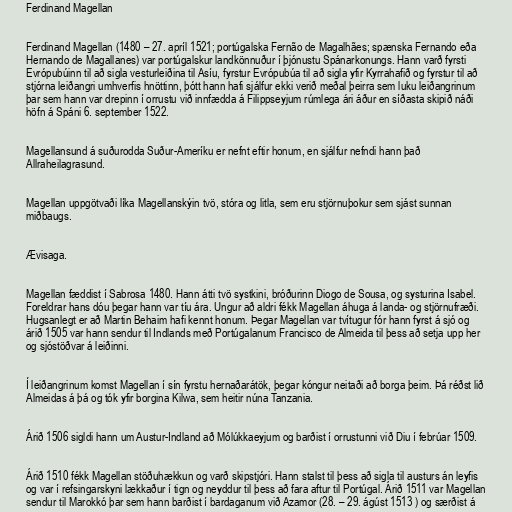
Ferdinand Magellan

Ferdinand Magellan (1480 – 27. apríl 1521; portúgalska Fernão de Magalhães; spænska Fernando eða
Hernando de Magallanes) var portúgalskur landkönnuður í þjónustu Spánarkonungs. Hann varð fyrsti
Evrópubúinn til að sigla vesturleiðina til Asíu, fyrstur Evrópubúa til að sigla yfir Kyrrahafið og fyrstur til að
stjórna leiðangri umhverfis hnöttinn, þótt hann hafi sjálfur ekki verið meðal þeirra sem luku leiðangrinum
þar sem hann var drepinn í orrustu við innfædda á Filippseyjum rúmlega ári áður en síðasta skipið náði
höfn á Spáni 6. september 1522.

Magellansund á suðurodda Suður-Ameríku er nefnt eftir honum, en sjálfur nefndi hann það
Allraheilagrasund.

Magellan uppgötvaði líka Magellanskýin tvö, stóra og litla, sem eru stjörnuþokur sem sjást sunnan
miðbaugs.

Ævisaga.

Magellan fæddist í Sabrosa 1480. Hann átti tvö systkini, bróðurinn Diogo de Sousa, og systurina Isabel.
Foreldrar hans dóu þegar hann var tíu ára. Ungur að aldri fékk Magellan áhuga á landa- og stjörnufræði.
Hugsanlegt er að Martin Behaim hafi kennt honum. Þegar Magellan var tvítugur fór hann fyrst á sjó og
árið 1505 var hann sendur til Indlands með Portúgalanum Francisco de Almeida til þess að setja upp her
og sjóstöðvar á leiðinni.

Í leiðangrinum komst Magellan í sín fyrstu hernaðarátök, þegar kóngur neitaði að borga þeim. Þá réðst lið
Almeidas á þá og tók yfir borgina Kilwa, sem heitir núna Tanzania.

Árið 1506 sigldi hann um Austur-Indland að Mólúkkaeyjum og barðist í orrustunni við Diu í febrúar 1509.

Árið 1510 fékk Magellan stöðuhækkun og varð skipstjóri. Hann stalst til þess að sigla til austurs án leyfis
og var í refsingarskyni lækkaður í tign og neyddur til þess að fara aftur til Portúgal. Árið 1511 var Magellan
sendur til Marokkó þar sem hann barðist í bardaganum við Azamor (28. – 29. ágúst 1513 ) og særðist á